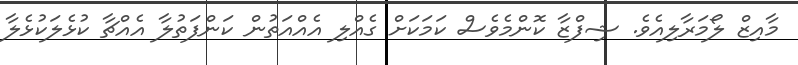
މާއިޒް ލޯމަރާލިއެވެ. ޝިފްޒާ ކޮންމެވެސް ކަމަކަށް ގެއްލި އެއްއަތުން ކަންފަތުލާ އެއްޗާ ކުޅެލަކުޅެލާ